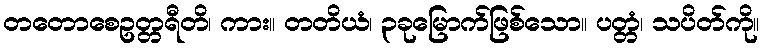
တတောစေဥတ္တရီတိ၊ ကား။ တတိယံ၊ ၃ခုမြောက်ဖြစ်သော။ ပတ္တံ၊ သပိတ်ကို။